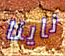
ناينا